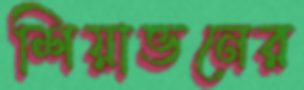
শিয়াভনের